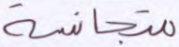
متجانسة